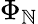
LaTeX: \Phi_{\mathbb{N}}